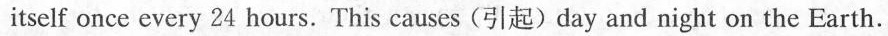
itself once every 24 hours. This causes (引起)day and night on the Earth.